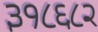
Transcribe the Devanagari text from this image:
३१८६८२